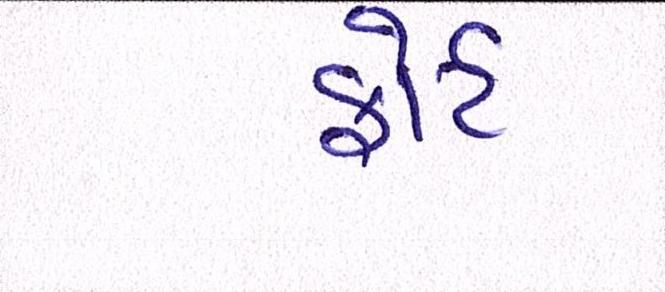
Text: ફોર્ટ